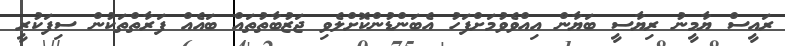
ރައީސް ޔާމީނު ރިޔާސީ ބަޔާން އިއްވެވުމަށްފަހު އެބަންޑުންކޮށްލެވި ޖަޒުބާތުތައް ބައެއް ފަރާތްތަކުން ސިފަކުރީ